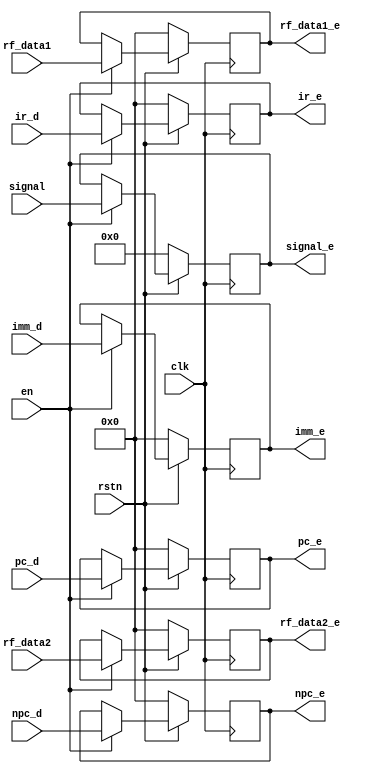
`timescale 1ns / 1ps
//////////////////////////////////////////////////////////////////////////////////
// Company: 
// Engineer: 
// 
// Design Name: 
// Module Name: MEM_WB
// Project Name: 
// Target Devices: 
// Tool Versions: 
// Description: 
// 
// Dependencies: 
// 
// Revision:
// Revision 0.01 - File Created
// Additional Comments:
// 
//////////////////////////////////////////////////////////////////////////////////


module ID_EX(
    input [13:0] signal,   
    input [31:0] pc_d,
    input [31:0] npc_d,
    input [31:0] rf_data1,
    input [31:0] rf_data2,
    input [31:0] ir_d,
    input [31:0] imm_d,
    input clk,
    input en,
    input rstn,
    output [13:0] signal_e,
    output [31:0] pc_e,
    output [31:0] npc_e,
    output [31:0] rf_data1_e,
    output [31:0] rf_data2_e,
    output [31:0] imm_e,
    output [31:0] ir_e
);
reg [31:0] PC_D = 32'b0;
reg [31:0] NPC_D = 32'b0;
reg [31:0] IR_D = 32'b0;
reg [31:0] RF_D1 = 32'b0;
reg [31:0] RF_D2 = 32'b0;
reg [31:0] IMM_D = 32'b0;
reg [13:0] SIGNAL = 14'b0;  //
//signal

always@(posedge clk) begin
    if(!rstn)
    begin
        PC_D <= 32'b0;
        NPC_D <= 32'b0;
        IR_D <= 32'b0;
        RF_D1 <= 32'b0;
        RF_D2 <= 32'b0;
        IMM_D <= 32'b0;
        SIGNAL <= 14'b0;
    end
    else if(!en)
    begin
        // IR_D <= 32'b0;
    end
    else
    begin
        PC_D <= pc_d;
        NPC_D <= npc_d;
        IR_D <= ir_d;
        RF_D1 <= rf_data1;
        RF_D2 <= rf_data2;
        IMM_D <= imm_d;
        SIGNAL <= signal;
    end
end
assign pc_e = PC_D;
assign npc_e = NPC_D;
assign ir_e = IR_D;
assign rf_data1_e = RF_D1;
assign rf_data2_e = RF_D2;
assign imm_e = IMM_D;
assign signal_e = SIGNAL;
endmodule